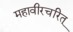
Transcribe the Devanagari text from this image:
महावीरचरित्‌